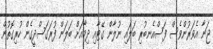
ޖަނާ އެވަރުންވެސް ފަސްއެނބުރި ބަލައި ނުލާން ގޭޓާއި ދިމާއަށް ބަލަން ފުރަގަސްދީގެން ހުރިގޮތުން